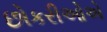
છોકરીઓએ